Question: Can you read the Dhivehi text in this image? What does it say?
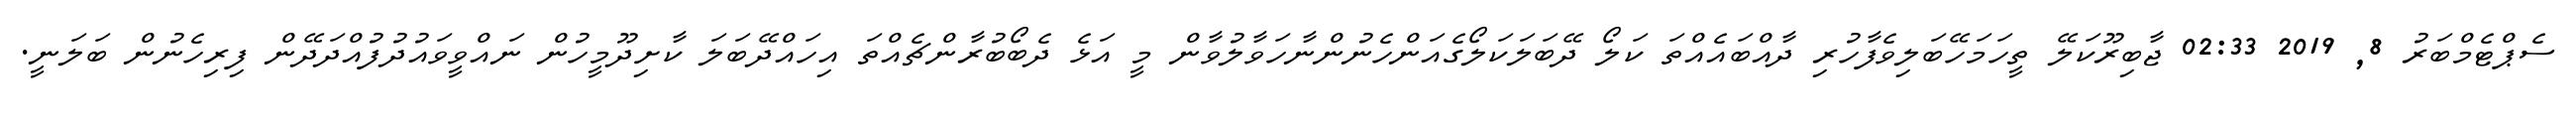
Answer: ސެޕްޓެމްބަރު 8, 2019 02:33 ޖާބިރޫކަލޭ ތީހަމަހޭބަލިވެފާހުރި ދާއްބައެއްތަ ކަލޯ ދޭބަލަކަލޯގެއަންހެނުންނާހަވާލުވާން މީ އަޅެ ދެބޯބުރާންޗެއްތަ އިހައްދޭބަލަ ކާށިދޫމީހުން ނައްވީވައުދުފުއްދަދޭން ފިރިހެނުން ބަލަނީ.